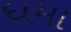
ધમા